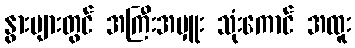
နွားများတွင် အကြီးအမှူး သုံးကောင် အထူး